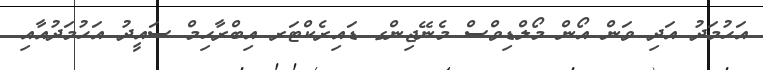
އަހުމަދު އަދި ވަން އޯން މޯލްޑިވްސް މެނޭޖިންގ ޑައިރެކްޓަރ އިބްރާހިމް ސައީދު އަހުމަދުއާއި